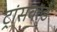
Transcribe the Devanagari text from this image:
ट्रांसवर्ल्ड